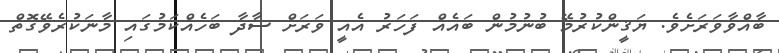
ބާއްވާވަރަށެވެ. ޔަޤީންކުރުމޭ ބުނުމުން ބައެއް ފަހަރު އެއީ ވަރަށް ސާދާ ބަހެއްކަމުގައި މާނަކުރެވޭގޮތް